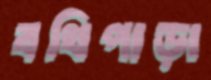
বথিপাড়া